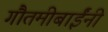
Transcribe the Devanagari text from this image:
गौतमीबाईंनी